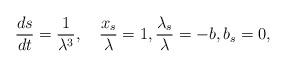
LaTeX: \begin{align*}\frac{ds}{dt}=\frac{1}{\lambda^3},\quad\frac{x_s}{\lambda}=1,\frac{\lambda_s}{\lambda}=-b,b_s=0,\end{align*}